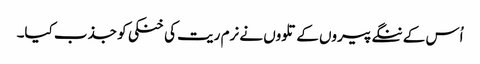
اُس کے ننگے پیروں کے تلووں نے نرم ریت کی خنکی کو جذب کیا۔